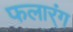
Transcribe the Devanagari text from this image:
फलार्ंग